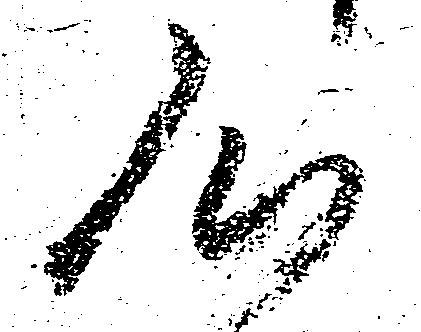
心